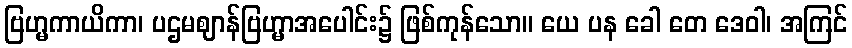
ဗြဟ္မကာယိကာ၊ ပဌမဈာန်ဗြဟ္မာအပေါင်း၌ ဖြစ်ကုန်သော။ ယေ ပန ခေါ တေ ဒေဝါ၊ အကြင်